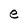
Character: e